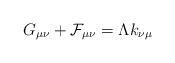
LaTeX: \begin{align*}G_{\mu \nu} +{\cal F}_{\mu \nu} =\Lambda k_{\nu \mu}\end{align*}